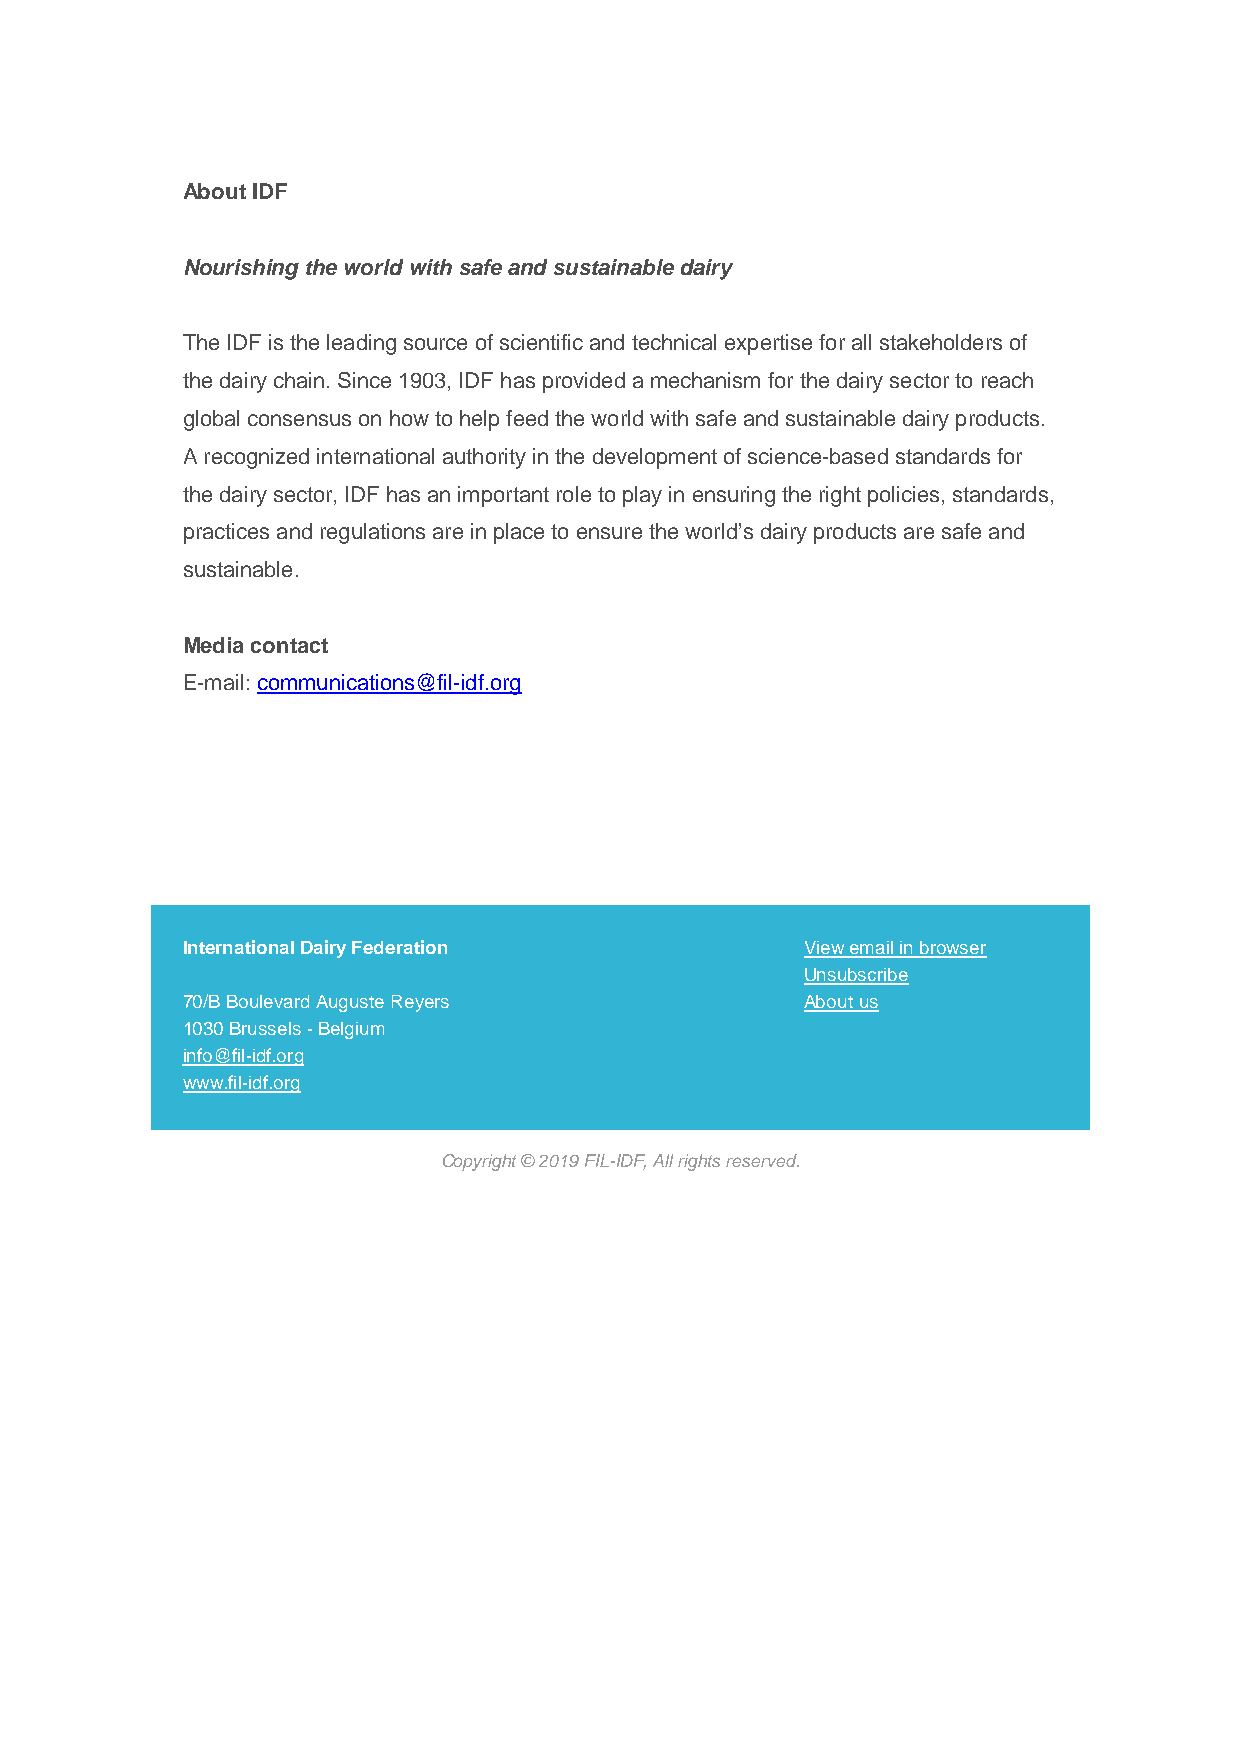
About IDF
 Nourishing the world with safe and sustainable dairy
 The IDF is the leading source of scientific and technical expertise for all stakeholders of
 the dairy chain. Since 1903, IDF has provided a mechanism for the dairy sector to reach
 global consensus on how to help feed the world with safe and sustainable dairy products.
 A recognized international authority in the development of science-based standards for
 the dairy sector, IDF has an important role to play in ensuring the right policies, standards,
 practices and regulations are in place to ensure the world’s dairy products are safe and
 sustainable.
 Media contact
 E-mail: communications@fil-idf.org
 International Dairy Federation           View email in browser
 Unsubscribe
 70/B Boulevard Auguste Reyers            About us
 1030 Brussels - Belgium
 info@fil-idf.org
 www.fil-idf.org
 Copyright © 2019 FIL-IDF, All rights reserved.